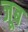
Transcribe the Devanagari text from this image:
जूब